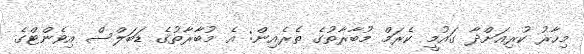
މިހާރު ކުރިއަށްދާ ގައުމީ ކެރަމް މުބާރާތުގެ ތެރެއިން: އެ މުބާރާތުގެ ޑަބަލްސް އިވެންޓްގެ